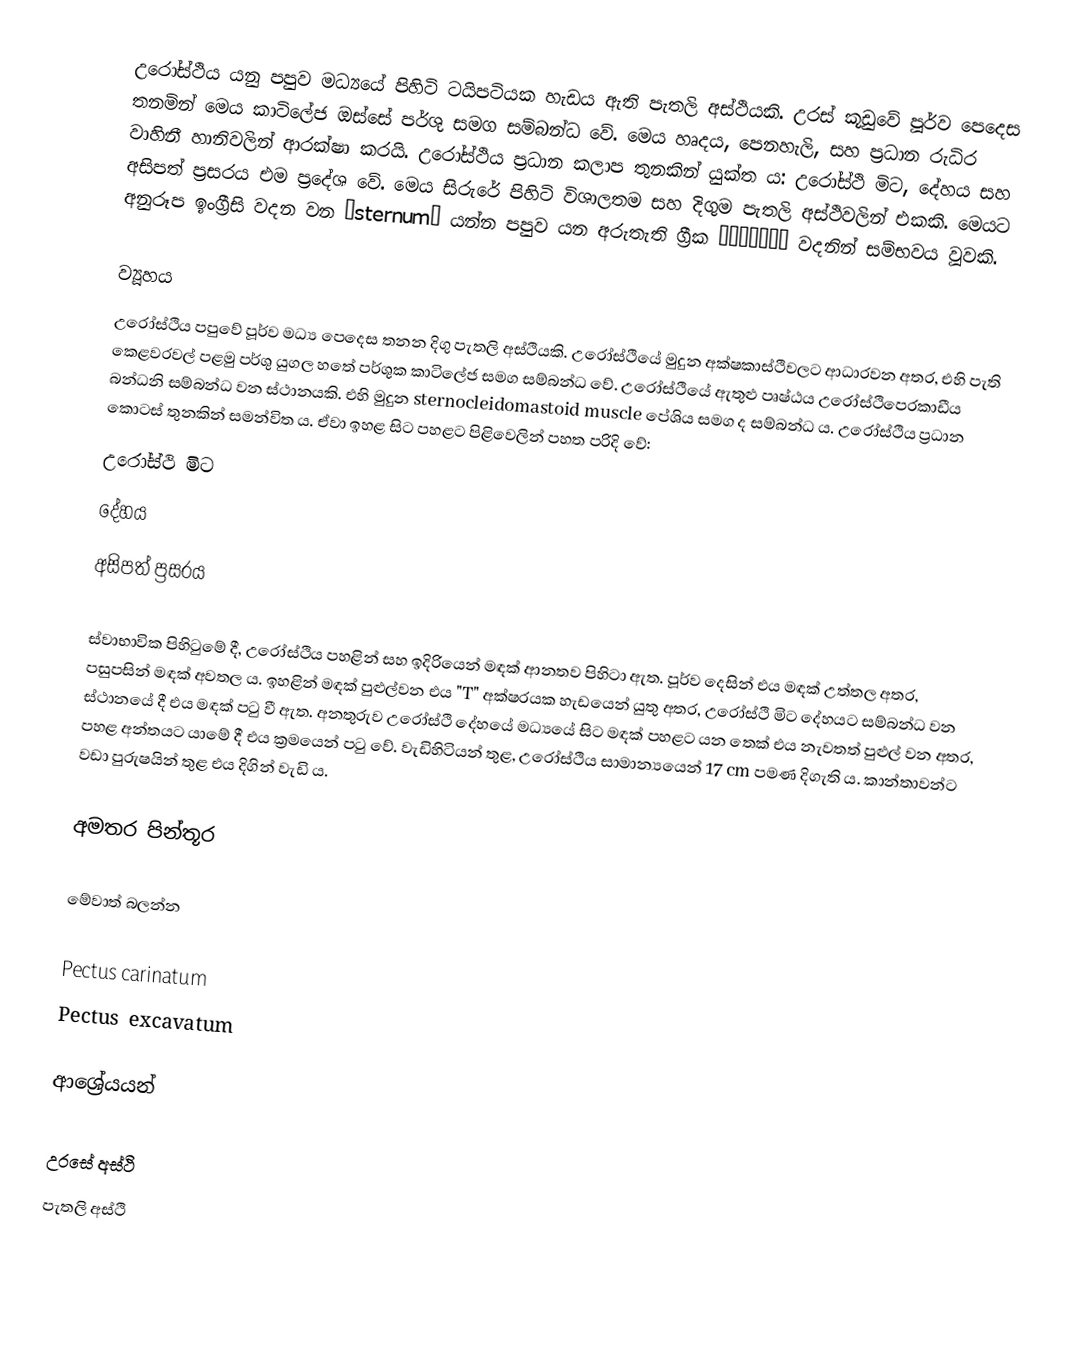
උරෝස්ථිය යනු පපුව මධ්‍යයේ පිහිටි ටයිපටියක හැඩය ඇති පැතලි අස්ථියකි. උරස් කූඩුවේ පූර්ව පෙදෙස තනමින් මෙය කාටිලේජ ඔස්සේ පර්ශු සමග සම්බන්ධ වේ. මෙය හෘදය, පෙනහැලි, සහ ප්‍රධාන රුධිර වාහිනී හානිවලින් ආරක්ෂා කරයි. උරෝස්ථිය ප්‍රධාන කලාප තුනකින් යුක්ත ය: උරෝස්ථි මිට, දේහය සහ අසිපත් ප්‍රසරය එම ප්‍රදේශ වේ. මෙය සිරුරේ පිහිටි විශාලතම සහ දිගුම පැතලි අස්ථිවලින් එකකි. මෙයට අනුරූප ඉංග්‍රීසි වදන වන “sternum” යන්න පපුව යන අරුතැති ග්‍රීක στέρνον වදනින් සම්භවය වූවකි.

ව්‍යූහය
උරෝස්ථිය පපුවේ පූර්ව මධ්‍ය පෙදෙස තනන දිගු පැතලි අස්ථියකි. උරෝස්ථියේ මුදුන අක්ෂකාස්ථිවලට ආධාරවන අතර, එහි පැති කෙළවරවල් පළමු පර්ශු යුගල හතේ පර්ශුක කාටිලේජ සමග සම්බන්ධ වේ. උරෝස්ථියේ ඇතුළු පෘෂ්ඨය උ‍රෝස්ථිපෙරකාඩීය බන්ධනි සම්බන්ධ වන ස්ථානයකි. එහි මුදුන sternocleidomastoid muscle පේශිය සමග ද සම්බන්ධ ය. උරෝස්ථිය ප්‍රධාන කොටස් තුනකින් සමන්විත ය. ඒවා ඉහළ සිට පහළට පිළිවෙලින් පහත පරිදි වේ:
 උරෝස්ථි මිට
 දේහය
 අසිපත් ප්‍රසරය

ස්වාභාවික පිහිටුමේ දී, උරෝස්ථිය පහළින් සහ ඉදිරියෙන් මඳක් ආනතව පිහිටා ඇත. පූර්ව දෙසින් එය මඳක් උත්තල අතර, පසුපසින් මඳක් අවතල ය. ඉහළින් මඳක් පුළුල්වන එය "T" අක්ෂරයක හැඩයෙන් යුතු අතර, උරෝස්ථි මිට දේහයට සම්බන්ධ වන ස්ථානයේ දී එය මඳක් පටු වී ඇත. අනතුරුව උරෝස්ථි දේහයේ මධ්‍යයේ සිට මඳක් පහළට යන තෙක් එය නැවතත් පුළුල් වන අතර, පහළ අන්තයට යාමේ දී එය ක්‍රමයෙන් පටු වේ. වැඩිහිටියන් තුළ, උරෝස්ථිය සාමාන්‍යයෙන් 17 cm පමණ දිගැති ය. කාන්තාවන්ට වඩා පුරුෂයින් තුළ එය දිගින් වැඩි ය.

අමතර පින්තූර

මේවාත් බලන්න

Pectus carinatum
Pectus excavatum

ආශ්‍රේයයන්

උරසේ අස්ථි
පැතලි අස්ථි